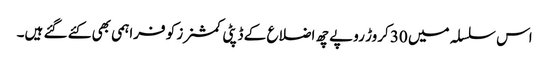
اس سلسلہ میں 30 کروڑ روپے چھ اضلاع کے ڈپٹی کمشنرز کو فراہمی بھی کئے گئے ہیں۔